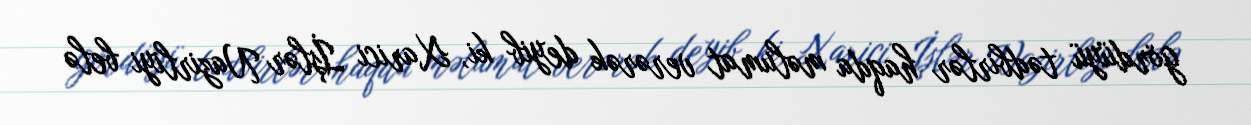
gördüyü tədbirlər haqda məlumat verərək deyib ki, Xarici İşlər Nazirliyi belə